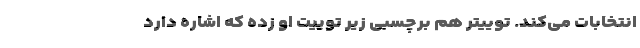
انتخابات می‌کند. توییتر هم برچسبی زیر توییت او زده که اشاره دارد